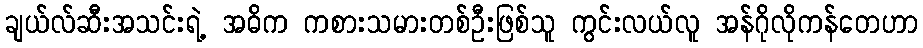
ချယ်လ်ဆီးအသင်းရဲ့ အဓိက ကစားသမားတစ်ဦးဖြစ်သူ ကွင်းလယ်လူ အန်ဂိုလိုကန်တေဟာ